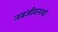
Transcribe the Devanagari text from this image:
नवजीवनाची